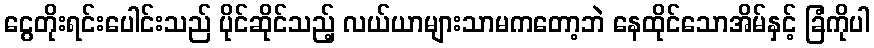
ငွေတိုးရင်းပေါင်းသည် ပိုင်ဆိုင်သည့် လယ်ယာများသာမကတော့ဘဲ နေထိုင်သောအိမ်နှင့် ခြံကိုပါ